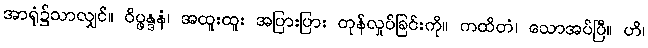
အာရုံ၌သာလျှင်။ ဝိပ္ဖန္ဒနံ၊ အထူးထူး အပြားပြား တုန်လှုပ်ခြင်းကို။ ကထိတံ၊ သောအပ်ပြီ။ ဟိ၊